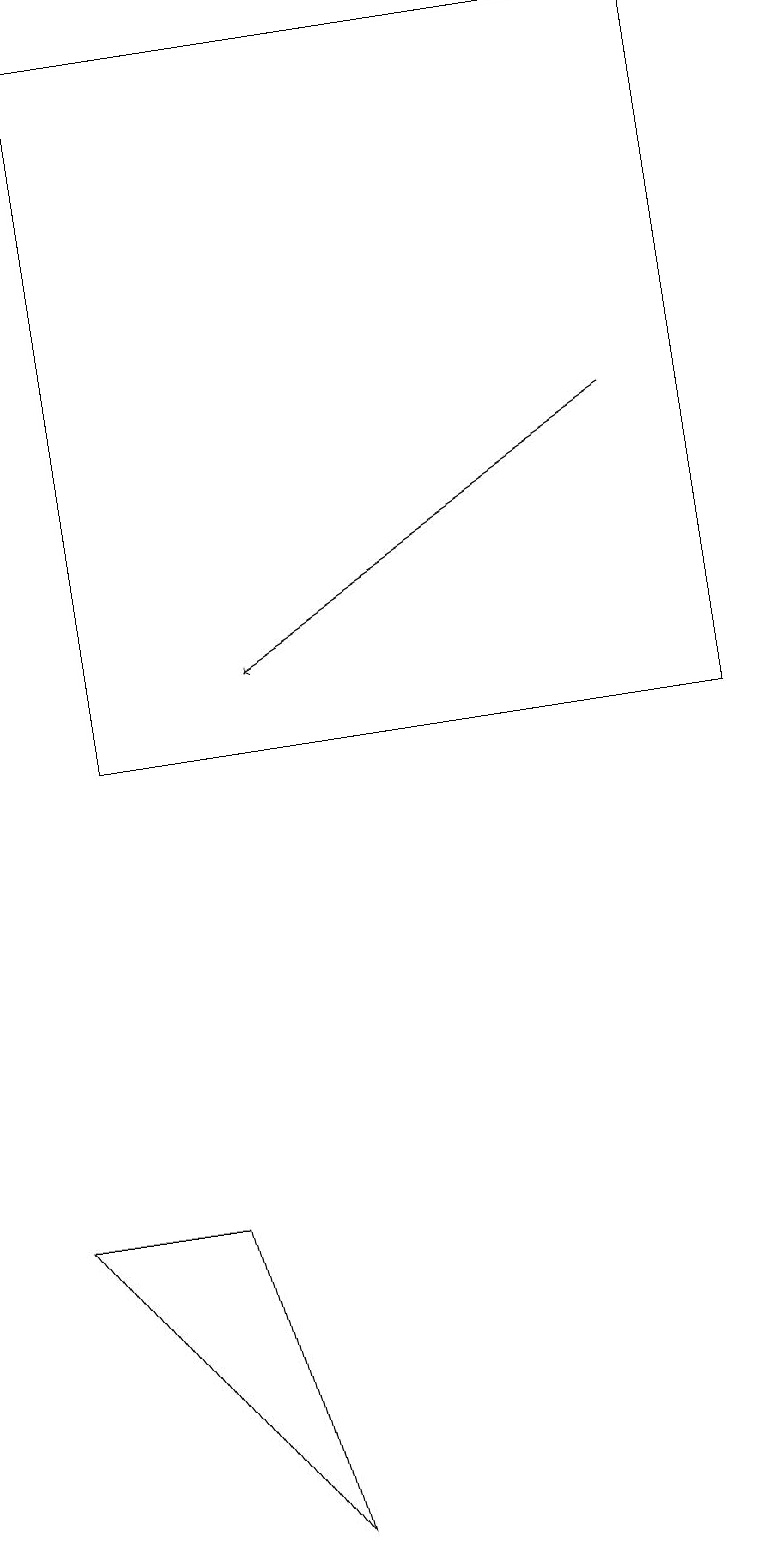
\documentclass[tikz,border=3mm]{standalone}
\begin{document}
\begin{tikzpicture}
\draw (2,4) -- (3,0) -- (0,4) -- cycle;
\draw (9,10) rectangle (1,19);
\draw[->] (8,14) -- (3,11);
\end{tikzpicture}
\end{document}